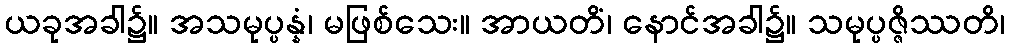
ယခုအခါ၌။ အသမုပ္ပန္နံ၊ မဖြစ်သေး။ အာယတိံ၊ နောင်အခါ၌။ သမုပ္ပဇ္ဇိဿတိ၊